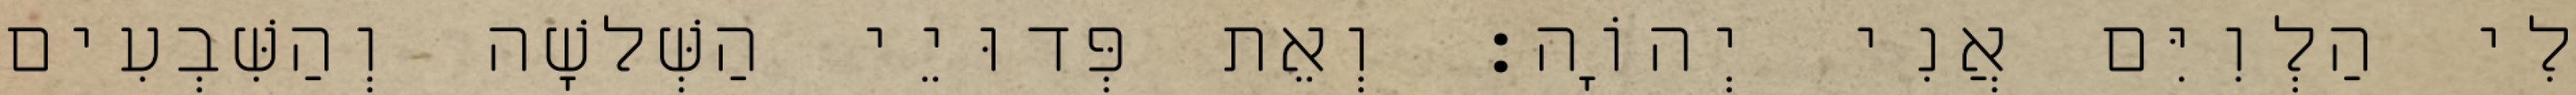
לִי הַלְוִיִּם אֲנִי יְהוָֹה׃ וְאֵת פְּדוּיֵי הַשְּׁלשָׁה וְהַשִּׁבְעִים